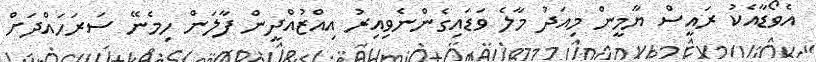
އެވޯޑާއެކު ރައީސް ޔާމީން މިއަދު މާލެ ވަޑައިގެންނެވިއިރު އިއްޒުއްދީން ފާލަން ހިމެނޭ ސަރަހައްދަށް